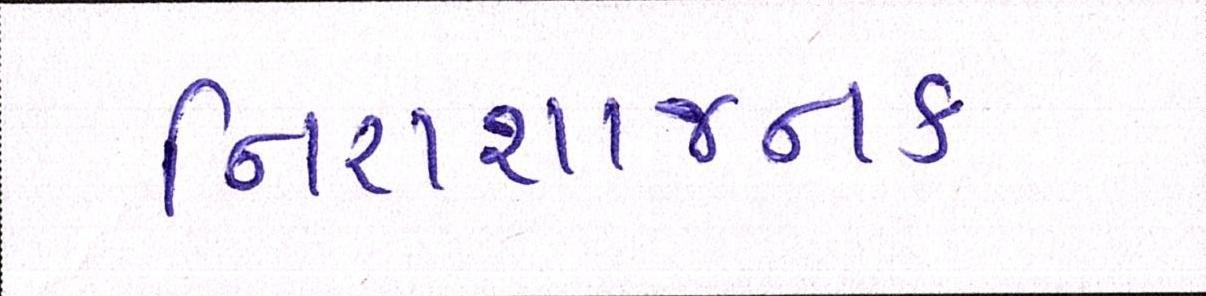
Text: નિરાશાજનક